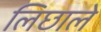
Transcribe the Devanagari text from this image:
लिछाले